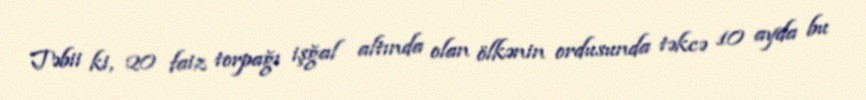
Təbii ki, 20 faiz torpağı işğal altında olan ölkənin ordusunda təkcə 10 ayda bu